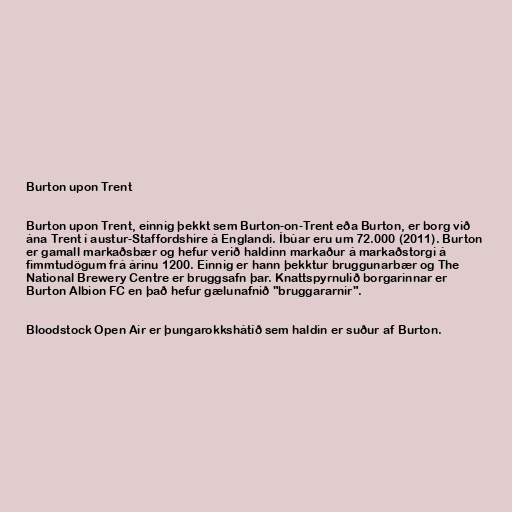
Burton upon Trent

Burton upon Trent, einnig þekkt sem Burton-on-Trent eða Burton, er borg við
ána Trent í austur-Staffordshire á Englandi. Íbúar eru um 72.000 (2011). Burton
er gamall markaðsbær og hefur verið haldinn markaður á markaðstorgi á
fimmtudögum frá árinu 1200. Einnig er hann þekktur bruggunarbær og The
National Brewery Centre er bruggsafn þar. Knattspyrnulið borgarinnar er
Burton Albion FC en það hefur gælunafnið "bruggararnir".

Bloodstock Open Air er þungarokkshátíð sem haldin er suður af Burton.